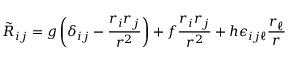
\tilde { R } _ { i j } = g \left( { \delta _ { i j } - \frac { r _ { i } r _ { j } } { r ^ { 2 } } } \right) + f \frac { r _ { i } r _ { j } } { r ^ { 2 } } + h \epsilon _ { i j \ell } \frac { r _ { \ell } } { r }